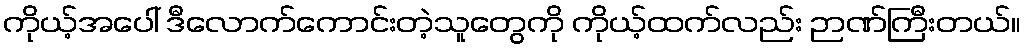
ကိုယ့်အပေါ် ဒီလောက်ကောင်းတဲ့သူတွေကို ကိုယ့်ထက်လည်း ဉာဏ်ကြီးတယ်။